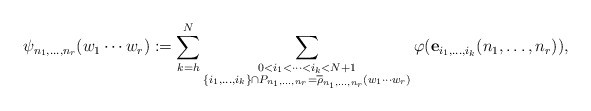
\begin{align*}\psi_{n_1,\ldots,n_r}(w_1\cdots w_r) := \sum_{k=h}^N \sum_{\substack{0<i_1<\cdots<i_k<N+1\\ \{i_1,\ldots,i_k\}\cap P_{n_1,\ldots,n_r}= \overline{\rho}_{n_1,\ldots,n_r}(w_1\cdots w_r)}} \varphi({\bf e}_{i_1,\ldots,i_k} (n_1,\ldots,n_r)) ,\end{align*}